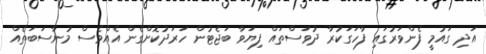
އަދި ގައުމީ ފެންވަރުގައި ފާހަގަކުރާ ދުވަސްތައް ފިޔަވާ ބަޖެޓުން ހަރަދުކޮށްގެން އެެއްވެސް މުނާސަބަތެއް